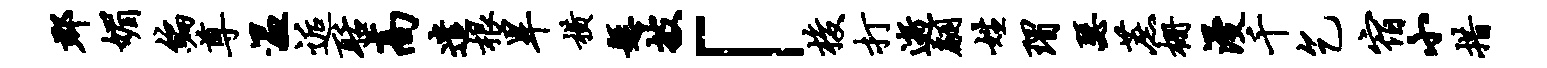
郡媚编尊温逅聒高遣根旱横悬披「梭打逝翩姓瑁瑟蔗栅漫千乞宿小措